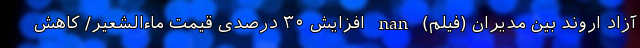
آزاد اروند بین مدیران (فیلم) nan افزایش ۳۰ درصدی قیمت ماءالشعیر/ کاهش